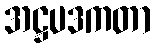
အဋ္ဌပဒကတာ